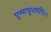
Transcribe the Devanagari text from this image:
पुष्पायुधमपि।।